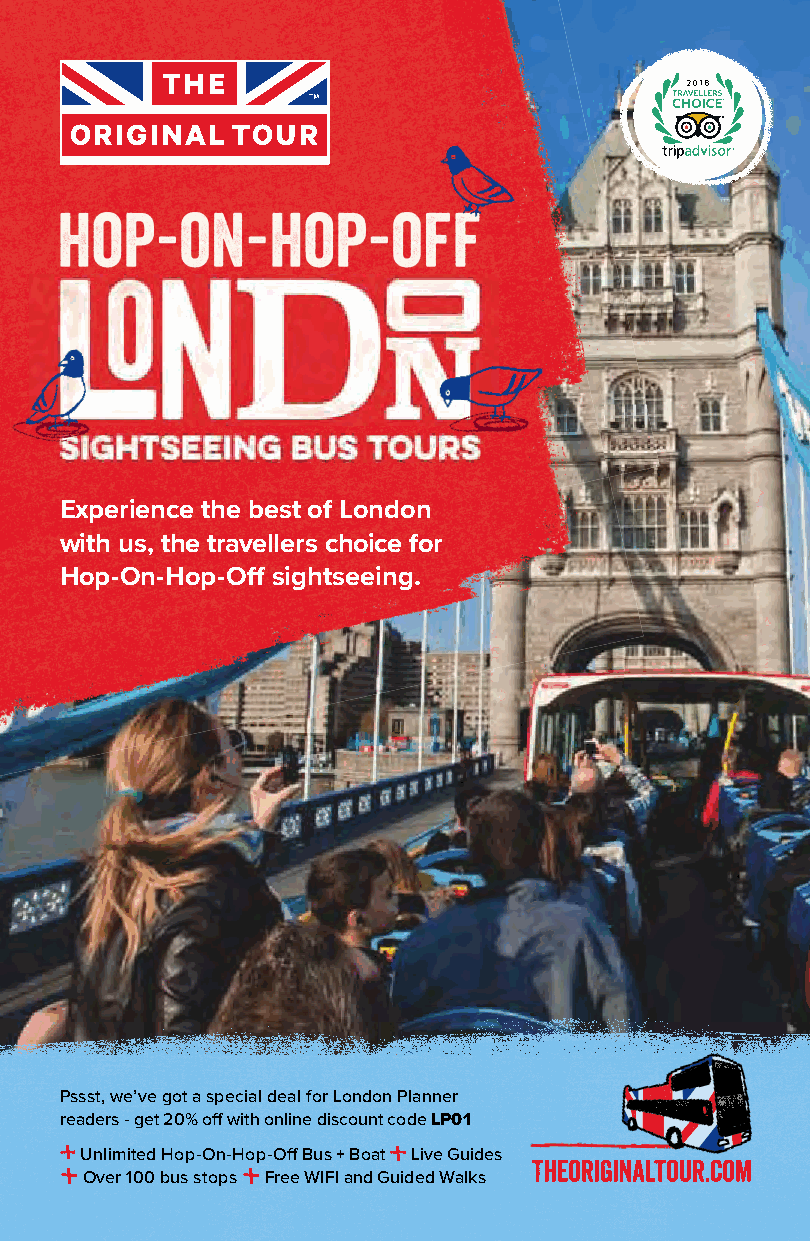
Experience the best of London
 with us, the travellers choice for
 Hop-On-Hop-Off sightseeing.
 Pssst, we’ve got a special deal for London Planner
 readers - get 20% off with online discount code LP01
 Unlimited Hop-On-Hop-Off Bus + Boat Live Guides
 Over 100 bus stops Free WIFI and Guided Walks